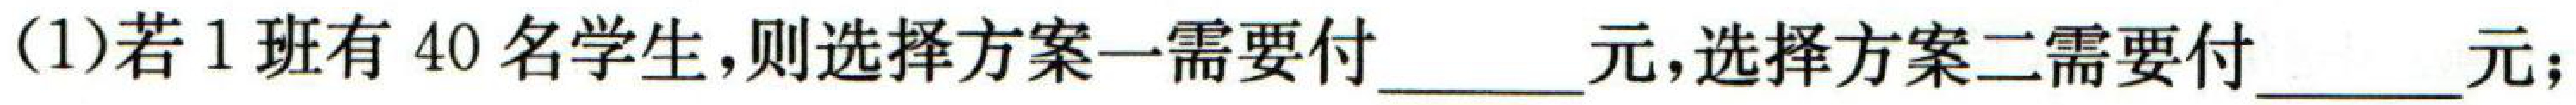
(1)若\(1\)班有\(40\)名学生,则选择方案一需要付\(\underline{\quad\quad}\)元,选择方案二需要付\(\underline{\quad\quad}\)元;